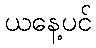
ယနေ့ပင်